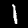
Label: 1